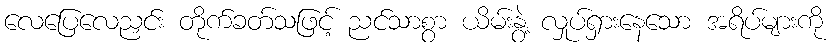
လေပြေလေညှင်း တိုက်ခတ်သဖြင့် ညင်သာစွာ ယိမ်းနွဲ့ လှုပ်ရှားနေသော အရိပ်များကို